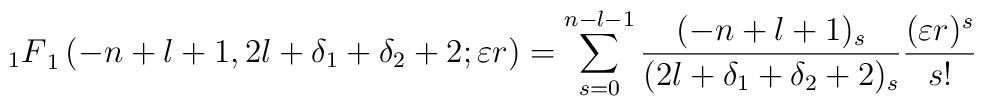
{_1F}_1 \left(-n+l+1, 2l+\delta_1 + \delta_2 + 2 ; \varepsilon r \right) =\sum_{s=0}^{n-l-1}\frac{(-n+l+1)_s}{(2l + \delta_1 + \delta_2 + 2)_s}\frac{(\varepsilon r)^s}{s!}